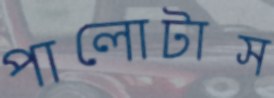
পালোটাস